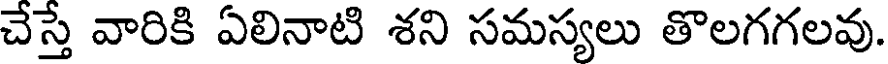
చేస్తే వారికి ఏలినాటి శని సమస్యలు తొలగగలవు.